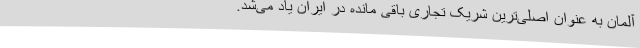
آلمان به عنوان اصلی‌ترین شریک تجاری باقی مانده در ایران یاد می‌شد.